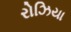
રોઝિયા